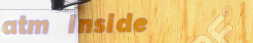
atm inside